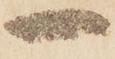
一